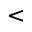
<